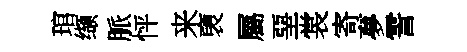
琯缬脈怦来褏屬堊裳寄夣霅